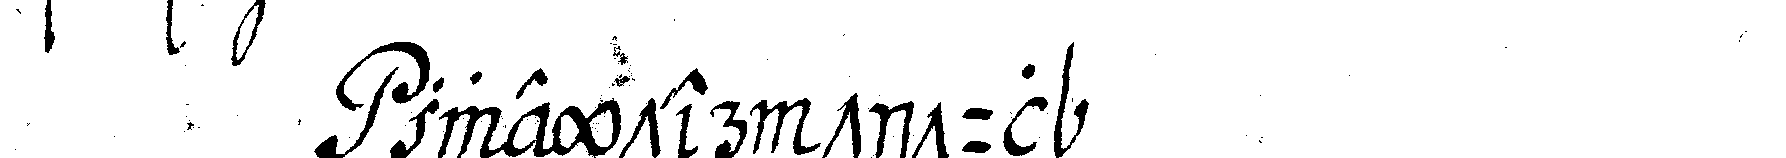
zweyter titul